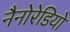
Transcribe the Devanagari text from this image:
नैनोरेडियो